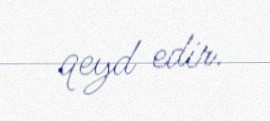
qeyd edir.